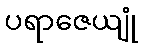
ပရာဇေယျုံ